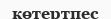
көтертпес